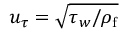
u _ { \tau } = \sqrt { \tau _ { w } / \rho _ { \mathrm { f } } }